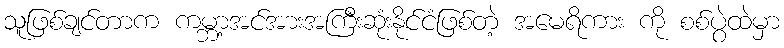
သူဖြစ်ချင်တာက ကမ္ဘာ့အင်အားအကြီးဆုံးနိုင်ငံဖြစ်တဲ့ အမေရိကား ကို စစ်ပွဲထဲမှာ